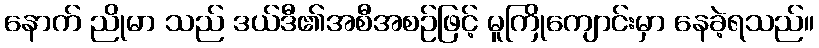
နောက် ညိုမာ သည် ဒယ်ဒီ၏အစီအစဉ်ဖြင့် မူကြိုကျောင်းမှာ နေခဲ့ရသည်။